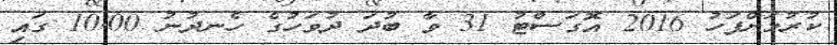
ކުރުމަށްފަހު 2016 އޮގަސްޓު 31 ވާ ބުދަ ދުވަހުގެ ހެނދުނު 10.00 ގައި